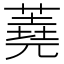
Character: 蕘